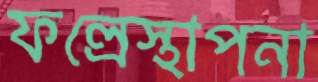
ফল্রেস্থাপনা